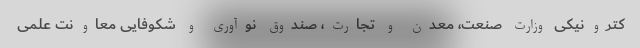
کترونیکی وزارت صنعت، معدن و تجارت، صندوق نوآوری و شکوفایی معاونت علمی